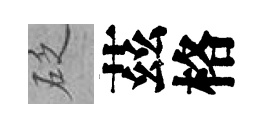
砭茲格